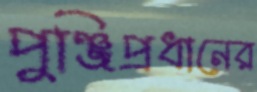
পুঞ্জিপ্রধানের